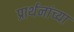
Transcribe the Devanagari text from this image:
प्रार्थनांच्या